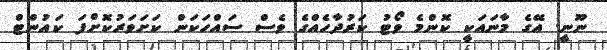
ނޫނީ. އޭގެ މާނައަކީ ކޮންމެ ވޯޓު ކަރުދާހެއްގެ ވެސް ސައްހަކަން ކަށަވަރުކޮށްފަ ކައުންޓް